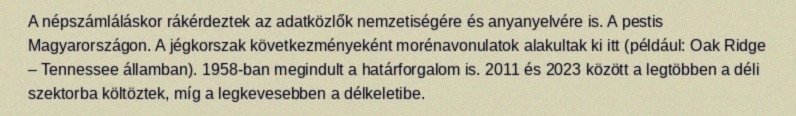
A népszámláláskor rákérdeztek az adatközlők nemzetiségére és anyanyelvére is. A pestis Magyarországon. A jégkorszak következményeként morénavonulatok alakultak ki itt (például: Oak Ridge – Tennessee államban). 1958-ban megindult a határforgalom is. 2011 és 2023 között a legtöbben a déli szektorba költöztek, míg a legkevesebben a délkeletibe.